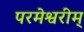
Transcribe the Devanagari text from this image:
परमेश्वरीम्